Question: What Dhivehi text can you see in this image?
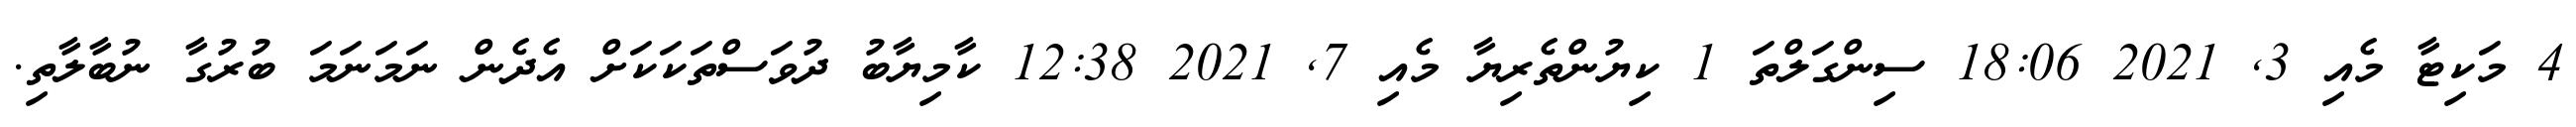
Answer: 4 މަކިޓާ މެއި 3, 2021 18:06 ސިންގަލްތަ 1 ކިޔުންތެރިޔާ މެއި 7, 2021 12:38 ކާމިޔާބު ދުވަސްތަކަކަށް އެދެން ނަމަނަމަ ބުރުގާ ނުބާލާތި.